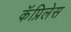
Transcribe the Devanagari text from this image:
कॅप्रिलेस